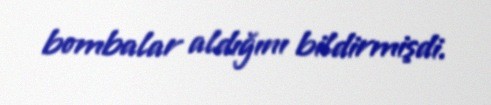
bombalar aldığını bildirmişdi.